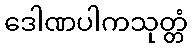
ဒေါဏပါကသုတ္တံ